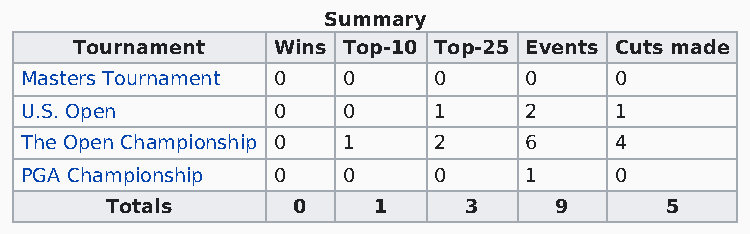
Summary
 Tournament   Wins Top-10 Top-25 Events Cuts made
 Masters Tournament 0  0     0     0     0
 U.S. Open        0    0     1     2     1
 The Open Championship 0 1   2     6     4
 PGA Championship 0    0     0     1     0
 Totals      0     1     3     9      5